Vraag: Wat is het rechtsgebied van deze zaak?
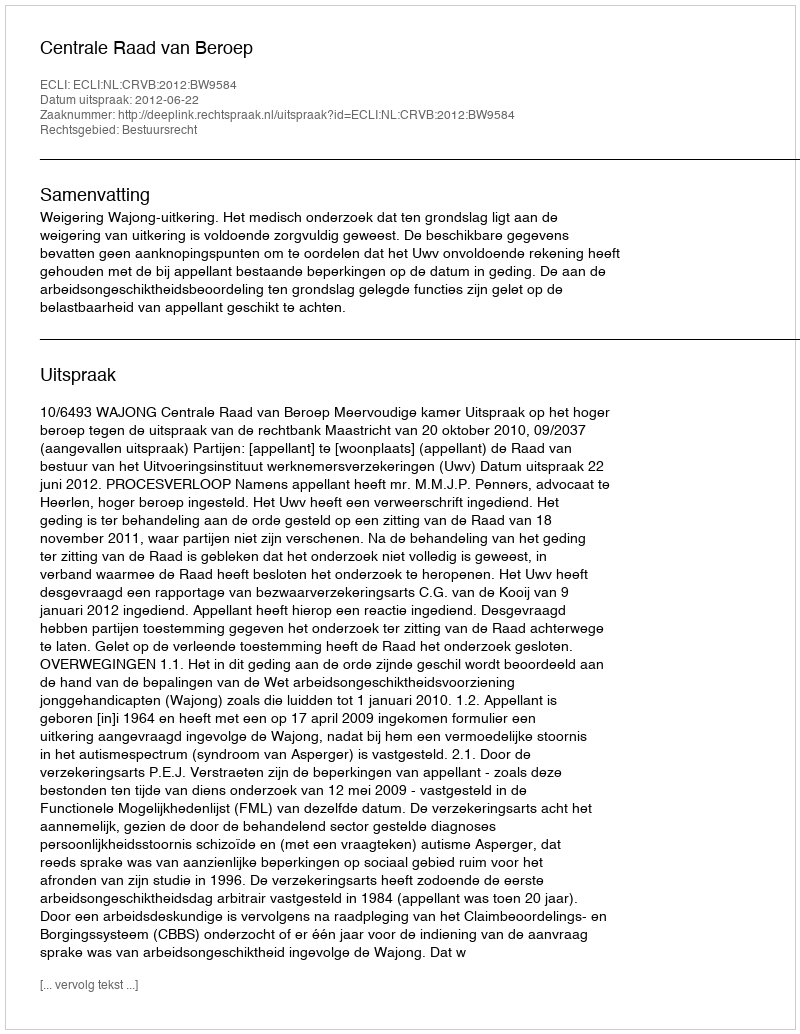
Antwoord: Bestuursrecht